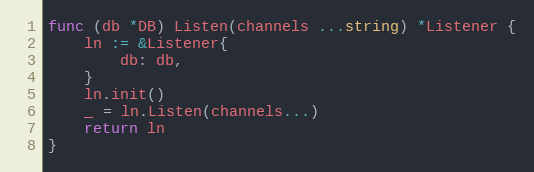
Language: Go
func (db *DB) Listen(channels ...string) *Listener {
	ln := &Listener{
		db: db,
	}
	ln.init()
	_ = ln.Listen(channels...)
	return ln
}